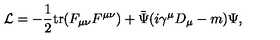
{ \cal L } = - \frac { 1 } { 2 } \mathrm { t r } ( F _ { \mu \nu } F ^ { \mu \nu } ) + \bar { \Psi } ( i \gamma ^ { \mu } D _ { \mu } - m ) \Psi ,